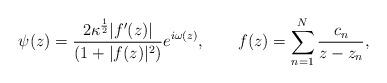
LaTeX: \begin{align*}\psi(z)={\frac{{2\kappa^{1\over 2} |f^{\prime}(z)|}}{{(1+|f(z)|^2)}}} e^{i\omega(z)}, \qquad f(z)=\sum^N_{n=1} {\frac{{c_n}}{{z-z_n}}}, \end{align*}